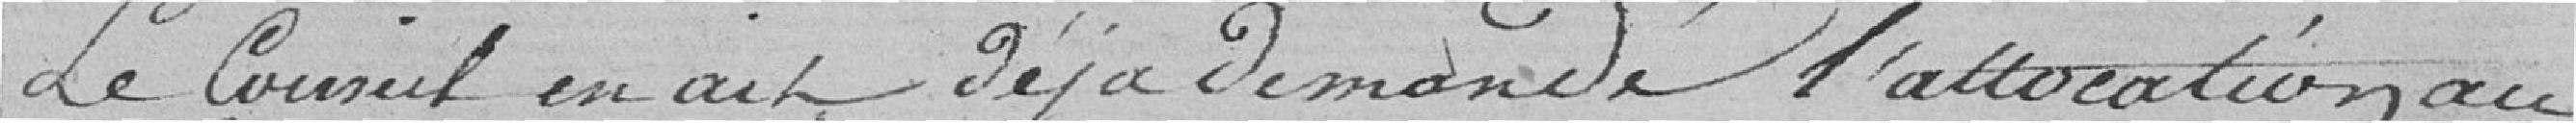
Le Conseil en ait déjà demandé l'allocation au